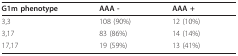
<table><thead><tr><td><b>G1m phenotype</b></td><td><b>AAA -</b></td><td><b>AAA +</b></td></tr></thead><tbody><tr><td>3,3</td><td>108 (90%)</td><td>12 (10%)</td></tr><tr><td>3,17</td><td>83 (86%)</td><td>14 (14%)</td></tr><tr><td>17,17</td><td>19 (59%)</td><td>13 (41%)</td></tr></tbody></table>